Insane asylums in Bengal annual reports 1867-1875 - 1867-1875
Year: 1867
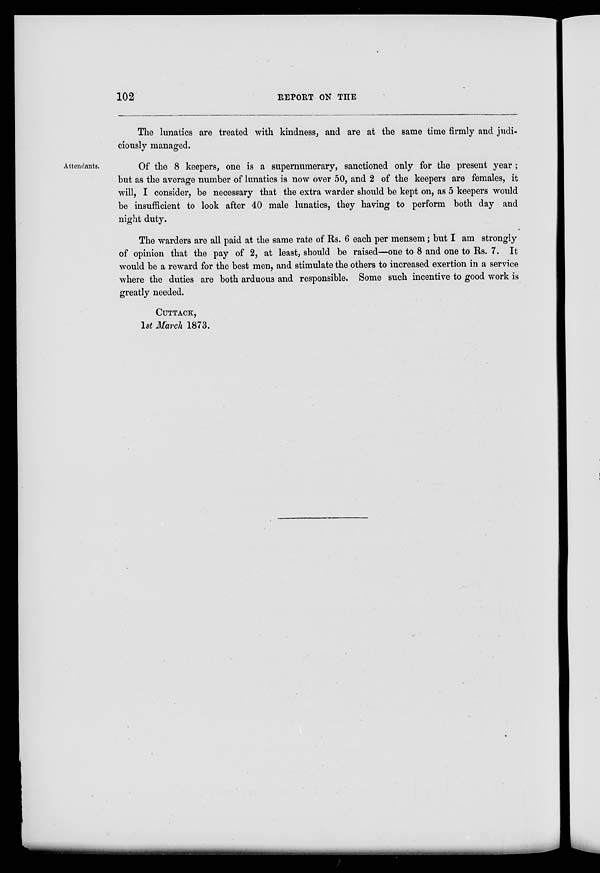
102
REPORT
ON THE
Attendants.
The lunatics are treated with kindness, and are at the same time firmly and judi-
ciously managed.
Of the 8 keepers, one is a supernumerary, sanctioned only for the present year;
but as the average number of lunatics is now over 50, and 2 of the keepers are females, it
will, I consider, be necessary that the extra warder should be kept on, as 5 keepers would
be insufficient to look after 40 male lunatics, they having to perform both day and
night duty.
The warders are all paid at the same rate of Rs. 6 each per mensem; but I am strongly
of opinion that the pay of 2, at least, should be raised—one to 8 and one to Rs. 7. It
would be a reward for the best men, and stimulate the others to increased exertion in a service
where the duties are both arduous and responsible. Some such incentive to good work is
greatly needed.
CUTTACK,
1st March 1873.